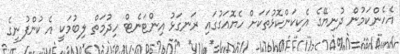
އެހެންކަމުން ދުނިޔޭގެ އެކިކަންކޮޅުތަކަށް ހެޔޮއަގުގައި ރަނގަޅު އިންޓަނެޓް ހިދުމަތް ލިބުމަކީ އެ ކުންފުނީގެ